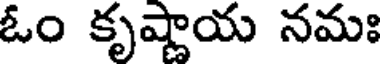
ఓం కృష్ణాయ నమః